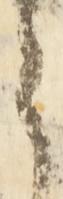
ら